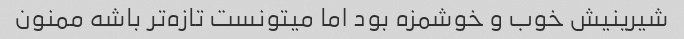
شیرینیش خوب و خوشمزه بود اما میتونست تازه‌تر باشه ممنون